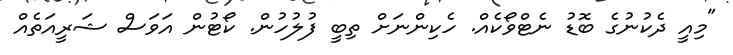
"މިއީ ދެކުނުގެ ބޮޑު ނެޓްވޯކެއް. ހެކިންނަށް ތިބީ ފުލުހުން. ކޯޓުން އަވަސް ޝަރީއަތެއް